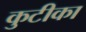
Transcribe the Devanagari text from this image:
कुटीका